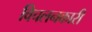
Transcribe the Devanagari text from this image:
विचलनकारी